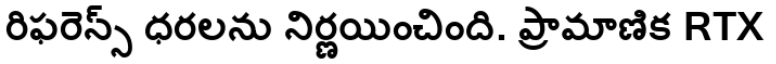
రిఫరెన్స్ ధరలను నిర్ణయించింది. ప్రామాణిక RTX